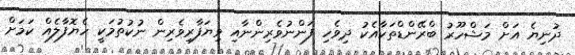
ދުނިޔެ އަށް މަޝްހޫރު ބްރޭންޑްތަކާއެކު ދިވެހި ފަންނުވެރިންނާއި ވިޔަފާރިވެރިން ނުކުތުމަކީ ހެޔޮފާލެއް ކަމަށް